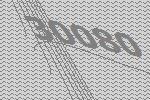
30080